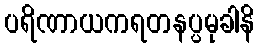
ပရိဏာယကရတနပ္ပမုခါနိ